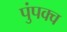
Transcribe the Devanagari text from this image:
पुंपक्व